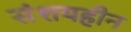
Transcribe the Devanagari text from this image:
संशयहीन